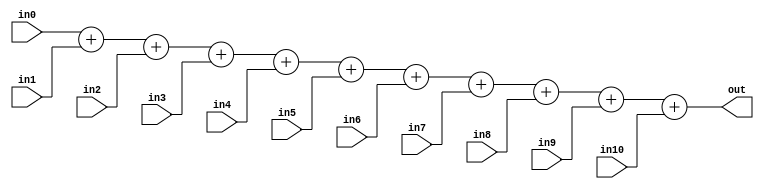
module adder_5bit_11 (
input [4:0] in0,
input [4:0] in1,
input [4:0] in2,
input [4:0] in3,
input [4:0] in4,
input [4:0] in5,
input [4:0] in6,
input [4:0] in7,
input [4:0] in8,
input [4:0] in9,
input [4:0] in10,
output [4:0] out);
assign out[4:0] = in0[4:0] + in1[4:0] + in2[4:0] + in3[4:0] + in4[4:0] + in5[4:0] + in6[4:0] + in7[4:0] + in8[4:0] + in9[4:0] + in10[4:0];
endmodule